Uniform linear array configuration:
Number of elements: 24
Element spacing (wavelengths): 0.25
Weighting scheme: hamming
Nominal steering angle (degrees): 0
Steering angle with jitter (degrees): -0.2929
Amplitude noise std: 0.05
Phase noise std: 0.05

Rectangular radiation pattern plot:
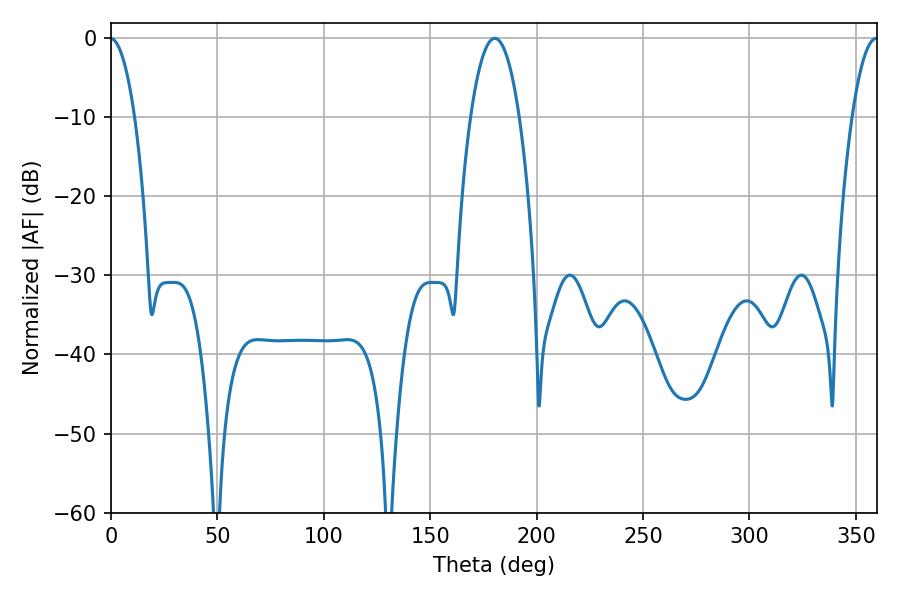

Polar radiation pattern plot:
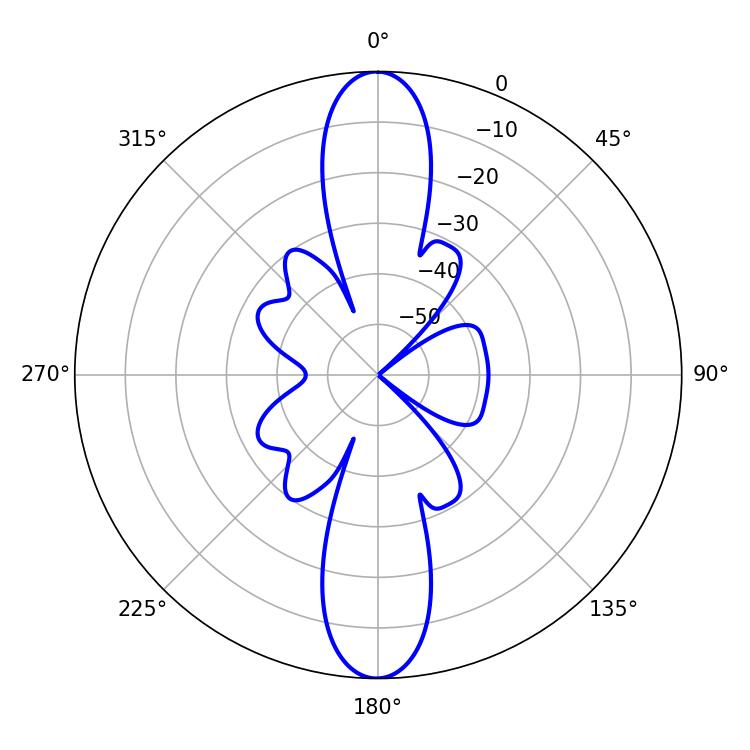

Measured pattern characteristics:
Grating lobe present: FALSE
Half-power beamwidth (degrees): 12.6
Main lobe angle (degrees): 180.36